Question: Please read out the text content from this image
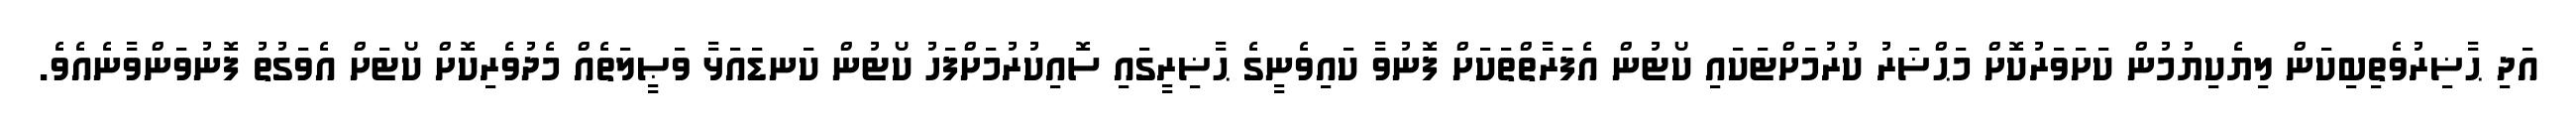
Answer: އަދި ޙާޟިރުވެތިބިކަން ލިޔެކިޔުމުން ކަށަވަރުކޮށް މަޙްޟަރު ކުރުމަށްޓަކައި ކޯޓުން އެފަރާތްތަކަށް ފޮނުވާ ކައިވެނީގެ ޙާޟިރީގައި ސޮއިކުރުމަށްފަހު ކޯޓުން ކަނޑައަޅާ ވަޞީލަތެއް މެދުވެރިކޮށް ކޯޓަށް އެވަގުތު ފޮނުވަންވާނެއެވެ.